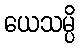
ယေသမ္ပိ